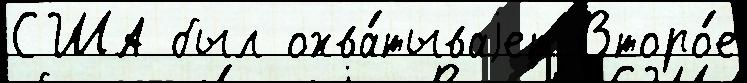
США был охва́тываjет Второ́е